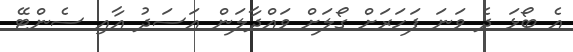
އެ ބޯޅަ ދެ ވަނަ ފަހަރަށް ގޯލަށް ވައްދާލަން އަސަދު އާއި ސެންޓޭ